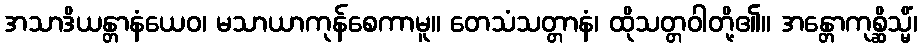
အသာဒိယန္တာနံယေဝ၊ မသာယာကုန်စေကာမူ။ တေသံသတ္တာနံ၊ ထိုသတ္တဝါတို့၏။ အန္တောကုစ္ဆိသ္မိံ၊